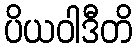
ပိယဝါဒီတိ